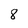
Character: 8